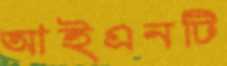
আইএনটি